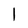
Character: 1